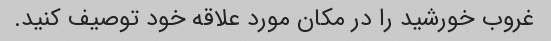
غروب خورشید را در مکان مورد علاقه خود توصیف کنید.